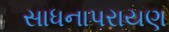
સાધનાપરાયણ